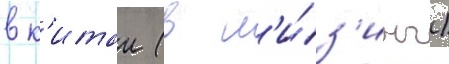
в к'итаи (в л'и́з'инг)